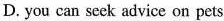
D. you can scek advice on pets